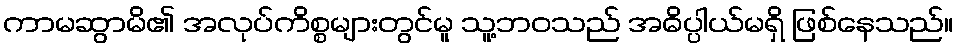
ကာမဆွာမိ၏ အလုပ်ကိစ္စများတွင်မူ သူ့ဘဝသည် အဓိပ္ပါယ်မရှိ ဖြစ်နေသည်။